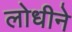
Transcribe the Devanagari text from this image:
लोधीने